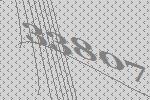
33807